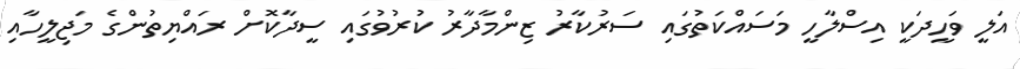
އަލީ ވަހީދަކީ އިސްލާހީ މަސައްކަތުގައި ސަރުކާރު ޒިންމާދާރު ކުރުވުގައި ސީދާކޮށް ރައްޔިތުންގެ މަޖިލީހާއި